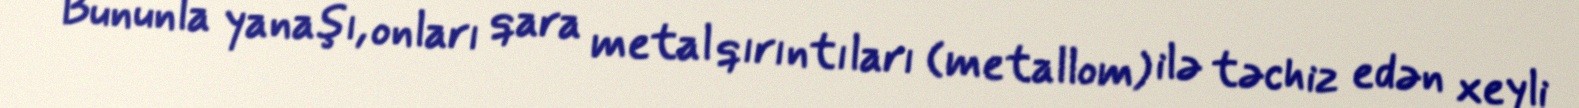
Bununla yanaşı, onları qara metal qırıntıları (metallom) ilə təchiz edən xeyli